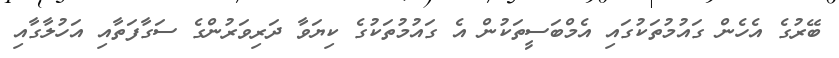
ބޭރުގެ އެހެން ގައުމުތަކުގައި އެމްބަސީތަކުން އެ ގައުމުތަކުގެ ކިޔަވާ ދަރިވަރުންގެ ސަގާފަތާއި އަހުލާގާއި